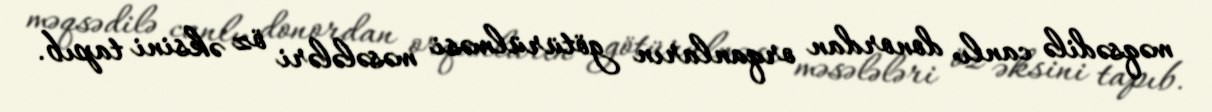
məqsədilə canlı donordan orqanların götürülməsi məsələləri öz əksini tapıb.